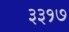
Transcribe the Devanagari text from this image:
३३१७